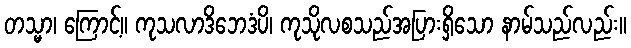
တသ္မာ၊ ကြောင့်။ ကုသလာဒိဘေဒံပိ၊ ကုသိုလစသည်အပြားရှိသော နာမ်သည်လည်း။